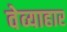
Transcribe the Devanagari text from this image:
वेव्याहार